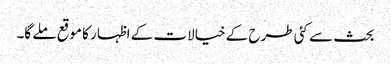
بحث سے کئی طرح کے خیالات کے اظہار کا موقع ملے گا۔